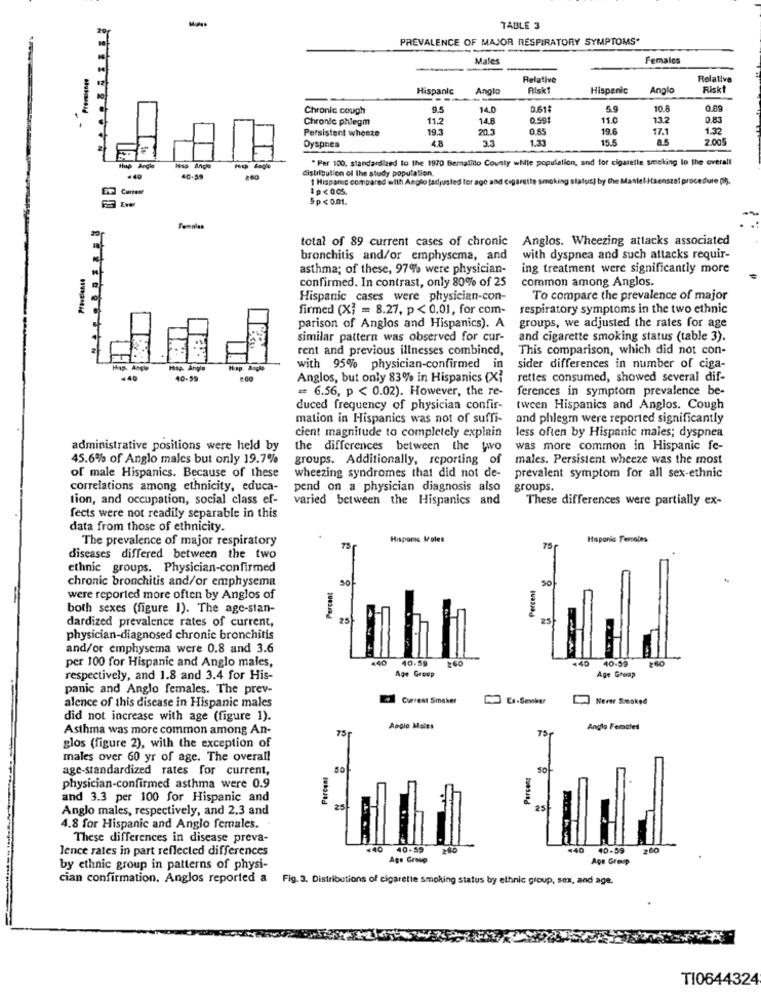
TABLE 3
PREVALENCE OF MAJOR RESPIRATORY SYMPTOMS*
Males
Females
Premiungs
Relative
Relative
Hispanic
Anglo
Risk1
Hispanic
Anglo
Riskt
---
--
Chronic cough
9.5
14.0
0.61$
5.9
10.8
0.09
Chronic phlegm
11.2
14.8
0.59t
15.0
13.2
Persistent wheeze
19.3
20.3
0.65
19.6
17.1
1.32
3.3
15.5
2.005
Dyspnea
4.8
* Per 100. standardized to the 1970 Bernalillo County white population, and for cigarette smoking Io the overall
Iess Ance
--
distribution of the study population.
40.59
1 Hispanic compared with Anglo tadjusted tor ago and €
us] by the Masfel Haenstat procedure (9).
1p < 0.05.
Ever
5p<0.01.
Females
total of 89 current cases of chronic Anglos. Wheezing attacks associated
bronchitis and/or emphysema, and
with dyspnea and such attacks requir-
asthma; of these, 97% were physician-
ing treatment were significantly more
confirmed. In contrast, only 80% of 25
common among Anglos.
Hispanic cases were physician-con-
To compare the prevalence of major
firmed (X) = 8.27, p< 0.01, for com-
respiratory symptoms in the two ethnic
parison of Anglos and Hispanics). A
groups, we adjusted the rates for age
similar pattern was observed for cur- and cigarette smoking status (table 3).
rent and previous illnesses combined,
This comparison, which did not con-
Hap. Anpla
with 95% physician-confirmed in
sider differences in number of ciga-
440
40-99
Anglos, but only 83% in Hispanics (Xi
rettes consumed, showed several dif-
= 6.56, p < 0.02). However, the re-
ferences in symptom prevalence be-
duced frequency of physician confir-
tween Hispanics and Anglos. Cough
mation in Hispanics was not of suffi-
and phlegm were reported significantly
cient magnitude to completely explain
less often by Hispanic males; dyspnea
administrative positions were held by
the differences between the two
was more common in Hispanic fe-
45.6% of Anglo males but only 19.7%
groups. Additionally, reporting of
males. Persistent wheeze was the most
of male Hispanics. Because of these
wheezing syndromes that did not de-
prevalent symptom for all sex-ethnic
correlations among ethnicity, educa-
pend on a physician diagnosis also
groups.
tion, and occupation, social class ef-
varied between the Hispanics and
These differences were partially ex-
fects were not readily separable in this
data from those of ethnicity.
The prevalence of major respiratory
Hisporc Moles
Hispanic Females
75-
diseases differed between the two
ethnic groups. Physician-confirmed
chronic bronchitis and/or emphysema
50
Percent
Percent
were reported more often by Anglos of
both sexes (figure 1). The age-stan-
dardized prevalence rates of current,
25
physician-diagnosed chronic bronchitis
and/or emphysema were 0.8 and 3.6
440
40.59
440
40-59
260
per 100 for Hispanic and Anglo males,
Age Group
respectively, and 1.8 and 3.4 for His-
Age Group
panic and Anglo females. The prev-
Current Smoker
Never Smoked
alence of this disease in Hispanic males
did not increase with age (figure 1).
Asthma was more common among An-
Anglo Males
75
Anglo Females
glos (figure 2), with the exception of
males over 60 yr of age. The overall
age-standardized rates for current,
Percent
Persong
So
physician-confirmed asthma were 0.9
and 3.3 per 100 for Hispanic and
Anglo males, respectively, and 2.3 and
25
25
4.8 for Hispanic and Anglo females.
These differences in disease preva-
Jence rates in part reflected differences
<40
40-59
200
440
40-59
Age Group
Age Group
by ethnic group in patterns of physi-
cian confirmation. Anglos reported a Fig. 3. Distributions of cigarette smoking status by ethnic group, sex, and age.
TI0644324